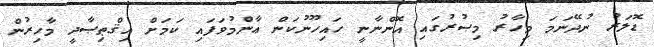
ޑޮލަރު ނުދޭނަމަ މިހާރު މިޞުރުގައި އޮންނާނީ ހައިހޫނުކަން ޢާންމުވަފައި ކަމަށް އިޤްޠިޞާދީ މާހިރުން